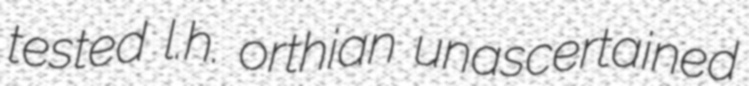
tested l.h. orthian unascertained